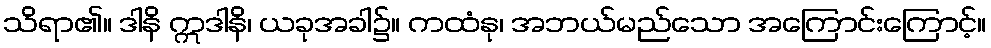
သိရာ၏။ ဒါနိ ဣဒါနိ၊ ယခုအခါ၌။ ကထံနု၊ အဘယ်မည်သော အကြောင်းကြောင့်။